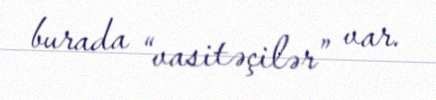
burada “vasitəçilər” var.